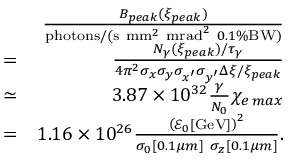
\begin{array} { r l r } & { } & { \frac { B _ { p e a k } ( \xi _ { p e a k } ) } { \mathrm { p h o t o n s } / ( \mathrm { s } \ \mathrm { m m } ^ { 2 } \ \mathrm { m r a d } ^ { 2 } \ 0 . 1 \% \mathrm { B W } ) } } \\ & { = } & { \frac { N _ { \gamma } ( \xi _ { p e a k } ) / \tau _ { \gamma } } { 4 \pi ^ { 2 } \sigma _ { x } \sigma _ { y } \sigma _ { x ^ { \prime } } \sigma _ { y ^ { \prime } } \Delta \xi / \xi _ { p e a k } } } \\ & { \simeq } & { 3 . 8 7 \times 1 0 ^ { 3 2 } \frac { \gamma } { N _ { 0 } } \chi _ { e \, m a x } } \\ & { = } & { 1 . 1 6 \times 1 0 ^ { 2 6 } \frac { \left( \mathcal { E } _ { 0 } [ \mathrm { G e V } ] \right) ^ { 2 } } { \sigma _ { 0 } [ 0 . 1 \mu m ] \ \sigma _ { z } [ 0 . 1 \mu m ] } . } \end{array}